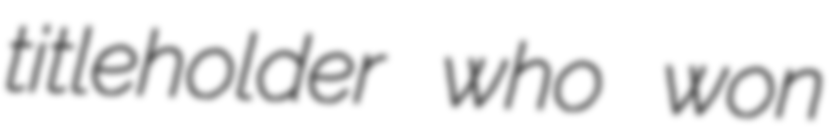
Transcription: titleholder who won